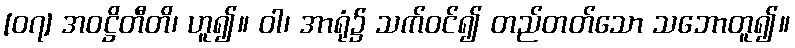
[၀၇] အဝဋ္ဌိတီတိ၊ ဟူ၍။ ဝါ၊ အာရုံ၌ သက်ဝင်၍ တည်တတ်သော သဘောတူ၍။